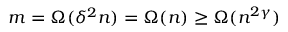
m = \Omega ( \delta ^ { 2 } n ) = \Omega ( n ) \geq \Omega ( n ^ { 2 \gamma } )